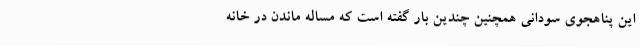
این پناهجوی سودانی همچنین چندین بار گفته است که مساله ماندن در خانه